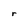
Character: r